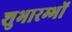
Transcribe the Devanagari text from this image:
शुभारम्भों